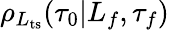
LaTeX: \rho_{L_{\mathrm{ts}}}(\tau_{0}|L_{f},\tau_{f})